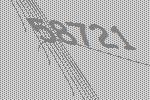
58721